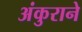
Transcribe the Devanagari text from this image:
अंकुराने